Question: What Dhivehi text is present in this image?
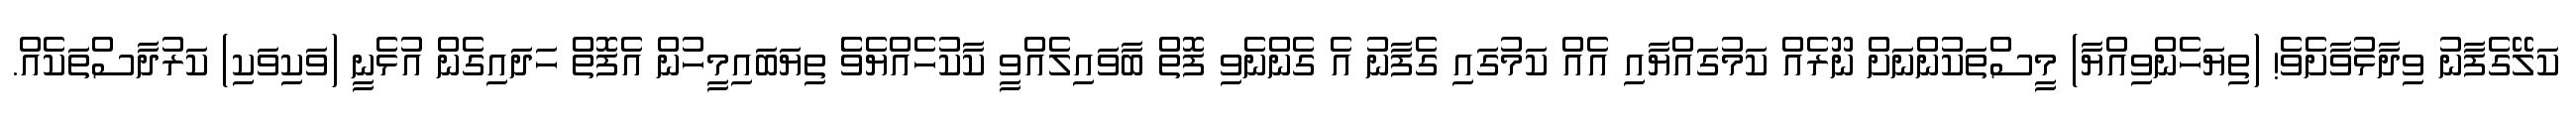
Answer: ކަލޭގެފާނު ވިދާޅުވާށެވެ! (ތިޔަހެންވިއްޔާ) މީސްތަކުންނަށް ނޫރެއް ކަމުގައްޔާއި އެއް ކަމުގައި ގެފާނު އެ ގެންނެވި ފޮތް ބާވައިލެއްވީ ކާކުހެއްޔެވެެ ތިޔަބައިމީހުން އެފޮތް ހަދައިގެން އުޅެނީ (ވަކިވަކި) ކަރުދާސްތަކެއް.